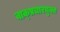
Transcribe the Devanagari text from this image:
वाक्प्रचारयुक्त